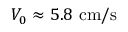
V _ { 0 } \approx 5 . 8 ~ \mathrm { c m / s }